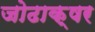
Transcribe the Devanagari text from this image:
जोढाक्षर